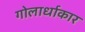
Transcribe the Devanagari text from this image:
गोलार्धाकार